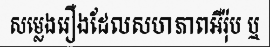
សម្លេងរឿងដែលសហភាពអឺរ៉ុប ឬ